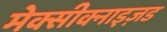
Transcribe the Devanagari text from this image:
मेक्सीक्नाइज़ड